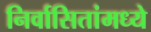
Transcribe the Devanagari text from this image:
निर्वासितांमध्ये